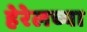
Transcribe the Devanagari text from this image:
हेरेलच्या